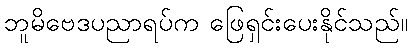
ဘူမိဗေဒပညာရပ်က ဖြေရှင်းပေးနိုင်သည်။